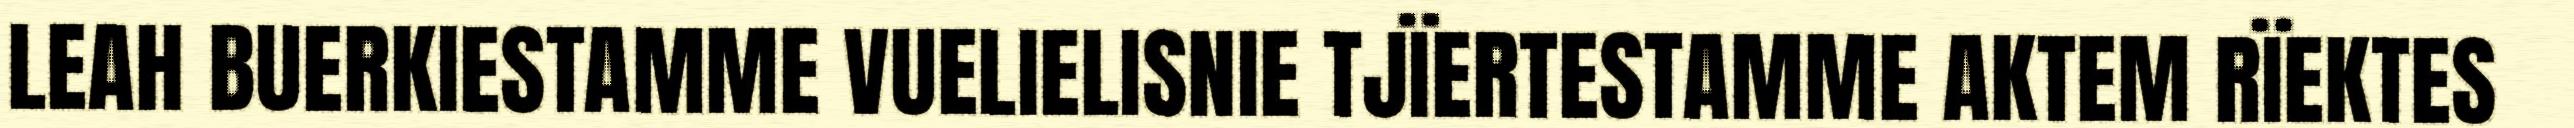
LEAH BUERKIESTAMME VUELIELISNIE TJÏERTESTAMME AKTEM RÏEKTES